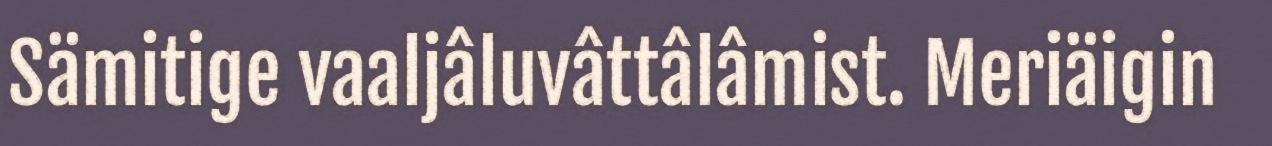
Sämitige vaaljâluvâttâlâmist. Meriäigin